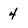
Character: 4